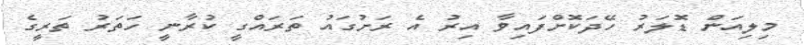
މިލިއަން ޑޮލަރު ހޭދަކޮށްފައިވާ އިރު އެ ރަށުގައު ތަރައްގީ ކުރާނީ ހަތަރު ތަރީގެ